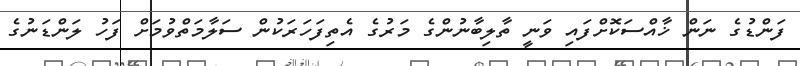
ފަންޑުގެ ނަން ޚާއްސަކޮށްފައި ވަނީ ތާލިބާނުންގެ މަރުގެ އެތިފަހަރަކުން ސަލާމަތްވުމަށް ފަހު ލަންޑަނުގެ